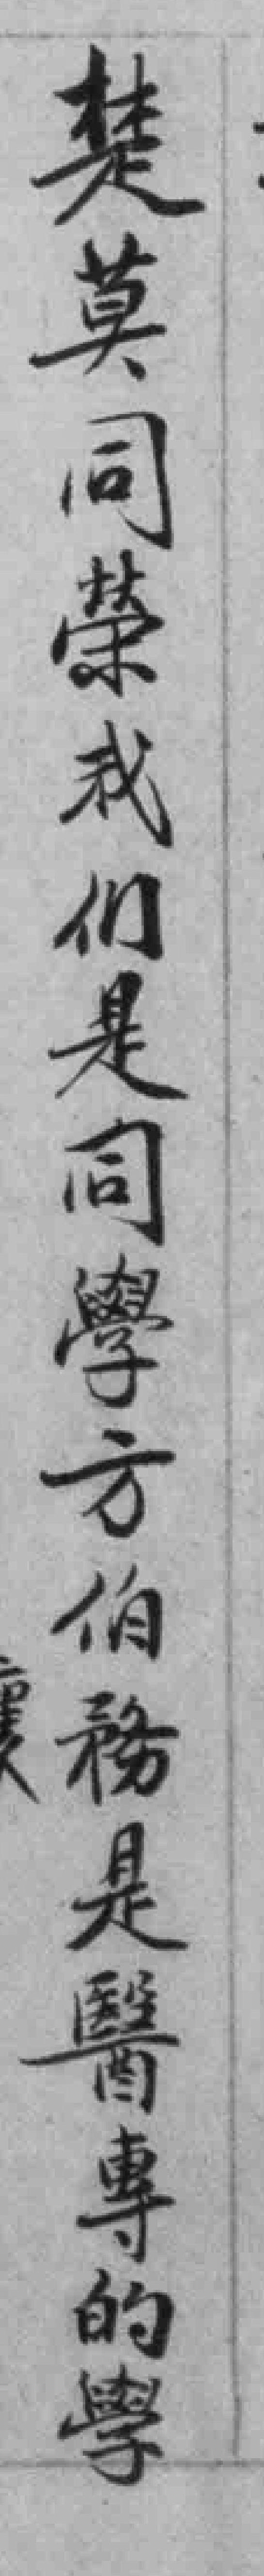
楚莫同榮我们是同學方伯務是醫專的學